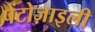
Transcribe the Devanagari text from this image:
पेंटोज़ाइली